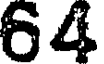
64